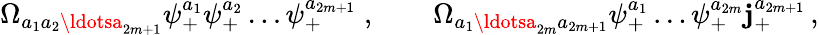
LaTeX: \Omega_{a_{1}a_{2}\ldotsa_{2m+1}}\psi_{+}^{a_{1}}\psi_{+}^{a_{2}}\ldots\psi_{+}^{a_{2m+1}}\; ,\qquad\Omega_{a_{1}\ldotsa_{2m}a_{2m+1}}\psi_{+}^{a_{1}}\ldots\psi_{+}^{a_{2m}}\mathbf{j}_{+}^{a_{2m+1}}\, ,